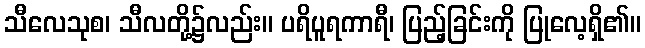
သီလေသုစ၊ သီလတို့၌လည်း။ ပရိပူရကာရီ၊ ပြည့်ခြင်းကို ပြုလေ့ရှိ၏။